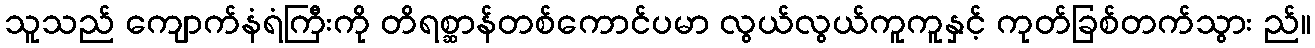
သူသည် ကျောက်နံရံကြီးကို တိရစ္ဆာန်တစ်ကောင်ပမာ လွယ်လွယ်ကူကူနှင့် ကုတ်ခြစ်တက်သွား ည်။